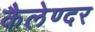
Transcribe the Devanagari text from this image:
कैलेण्दर